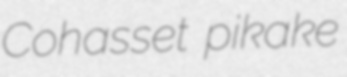
Cohasset pikake